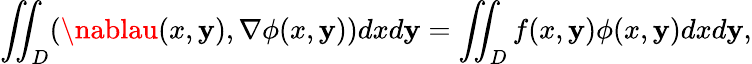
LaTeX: \iint_{D}(\nablau(x,\mathbf{y}),\nabla\phi(x,\mathbf{y}))dxd\mathbf{y}=\iint_{D}f(x,\mathbf{y})\phi(x,\mathbf{y})dxd\mathbf{y},